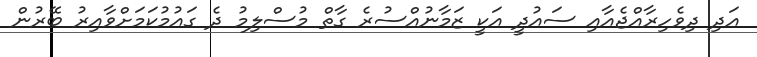
އަދި ދިވެހިރާއްޖެއާއި ސައުދީ އަކީ ޒަމާނުއްސުރެ ގާތް މުސްލިމު ދެ ގައުމުކަމަށްވާއިރު ބޭރުން